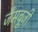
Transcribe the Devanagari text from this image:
जैमबूज़ी